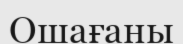
Ошағаны